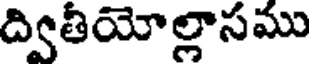
ద్వితీయోల్లాసము